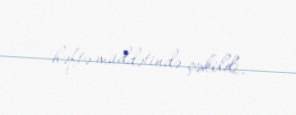
həftə müddətində çəkildi.